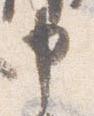
申